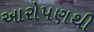
આરોપણથી